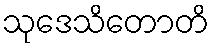
သုဒေသိတောတိ